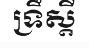
ទ្រឹស្តី